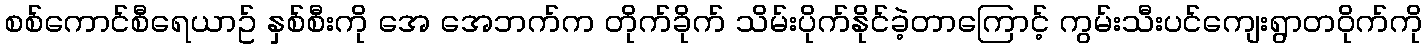
စစ်ကောင်စီရေယာဥ် နှစ်စီးကို အေ အေဘက်က တိုက်ခိုက် သိမ်းပိုက်နိုင်ခဲ့တာကြောင့် ကွမ်းသီးပင်ကျေးရွာတဝိုက်ကို